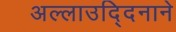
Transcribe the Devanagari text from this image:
अल्लाउद्दिनाने